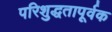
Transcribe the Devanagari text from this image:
परिशुद्धतापूर्वक